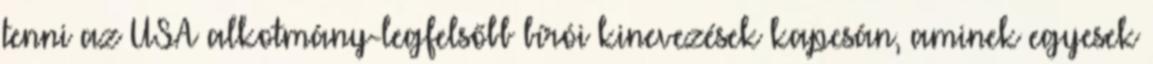
tenni az USA alkotmány-legfelsőbb bírói kinevezések kapcsán, aminek egyesek